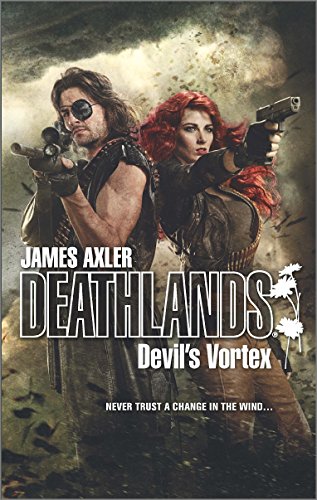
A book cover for Devil's Vortex (Deathlands); James Axler; Science Fiction & Fantasy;